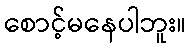
စောင့်မနေပါဘူး။